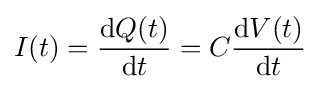
I(t)={\frac {\mathrm {d} Q(t)}{\mathrm {d} t}}=C{\frac {\mathrm {d} V(t)}{\mathrm {d} t}}